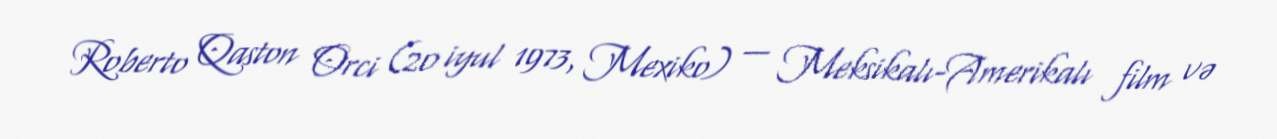
Roberto Qaston Orci (20 iyul 1973, Mexiko) — Meksikalı-Amerikalı film və